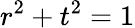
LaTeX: r^{2}+t^{2}=1